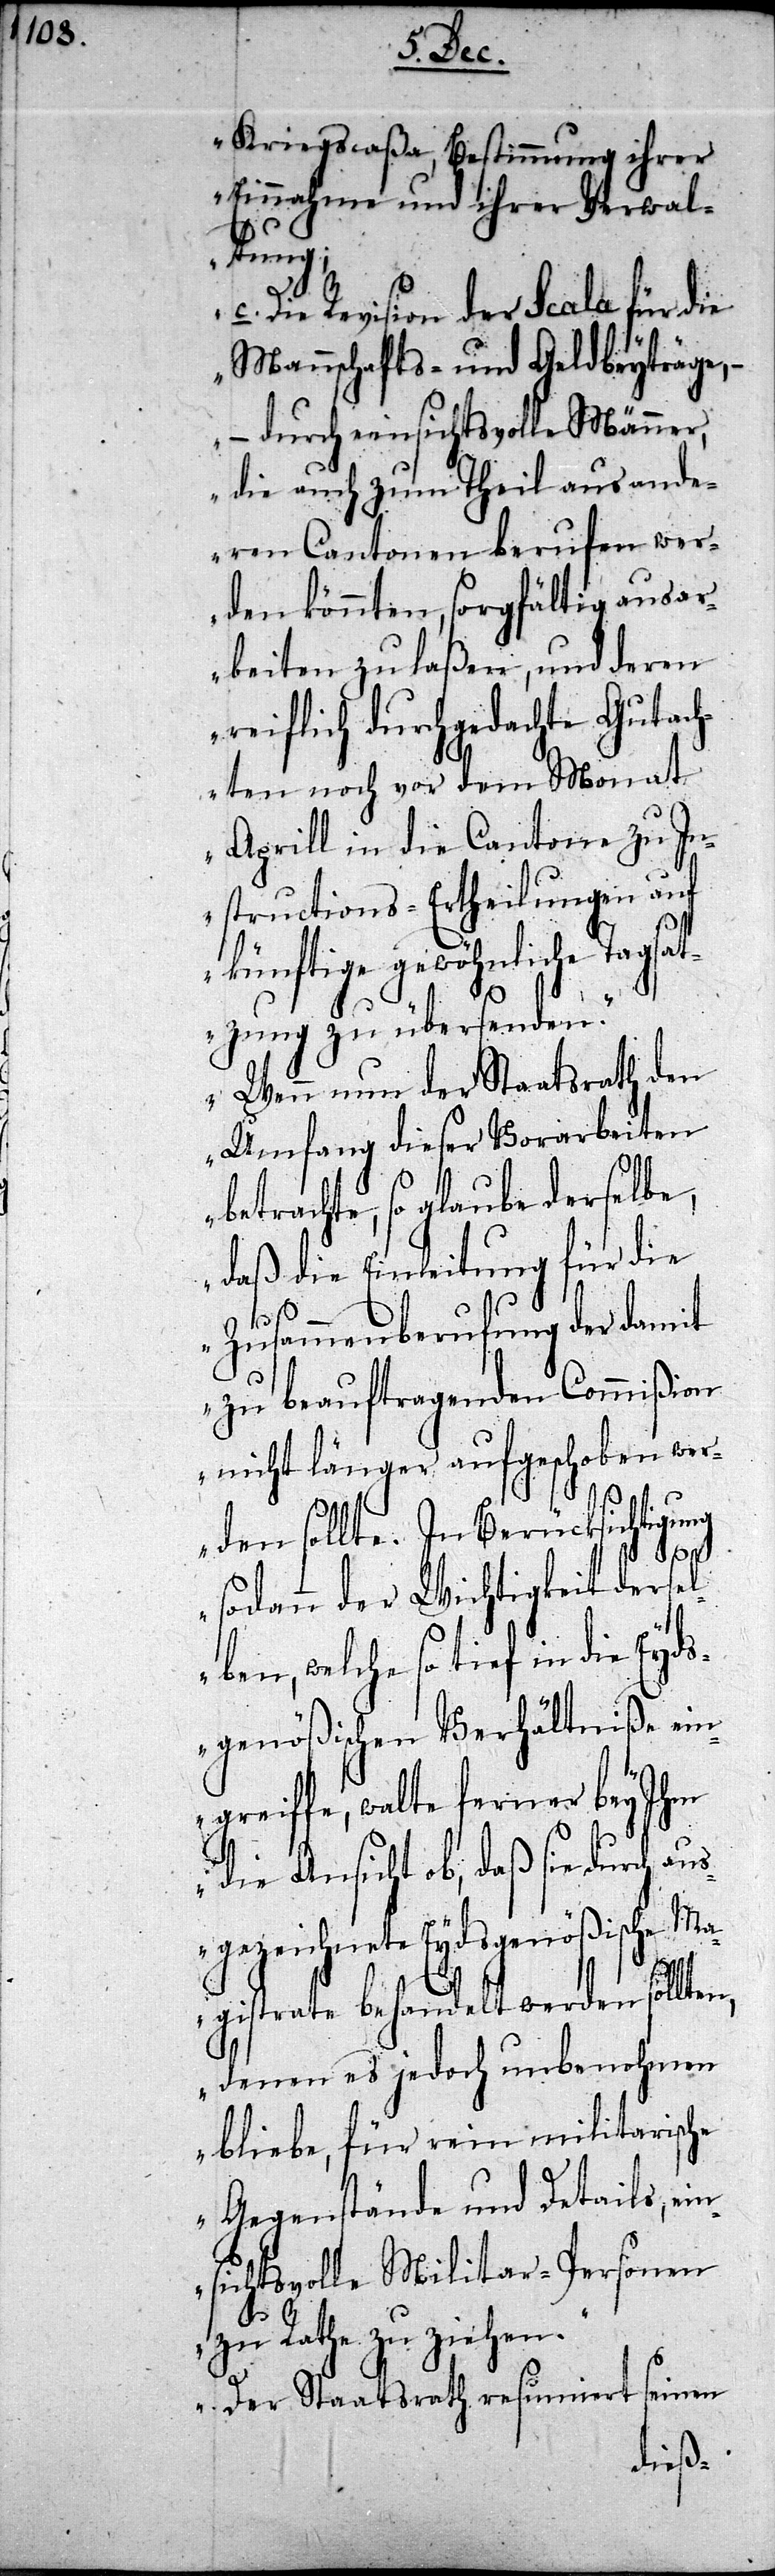
Kriegscaßa, Bestimmung ihrer
Einnahme und ihrer Verwal¬
tung;
Die Revision der Scala für die
Mannschafts- und Geldbeyträge,
– durch einsichtsvolle Männe¬
der¬
r, die auch zum Theil a¬
wer¬
eren Cantonen beruf¬
den könnten, sorgfältig ausa¬
one
rbeiten zu laßen, und
reiflich durchgedachte Gutach¬
ten noch vor dem
zu In¬
Aprill in die Cant¬
structions-Ertheilungen auf
künftige gewöhnliche Tagsat¬
zung zu übersenden.
Wenn nun der Staatsrath den
Umfang dieser Vorarbeiten
betrachte, so glaube derselbe,
daß die Einleitung für die
Zusammenberufung der damit
zu beauftragenden Commißion
nicht länger aufgeschoben wer¬
den sollte. In Berücksichtigung
sodann der Wichtigkeit derse¬
lben, welche so tief in die Eyd¬
sgenößischen Verhältniße ein¬
greiffe, walte ferner bey Ihm
die Ansicht ob, daß sie durch au¬
sgezeichnete Eydsgenößische Ma¬
gistrate behandelt werden sollten,
denen es jedoch unbenohmen
bliebe, für rein militarische
Gegenstände und Details, ei¬
nsichtsvolle Militar-Personen
zu Rathe zu ziehen.
Der Staatsrath resumiert seinen